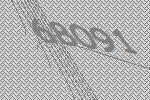
68091